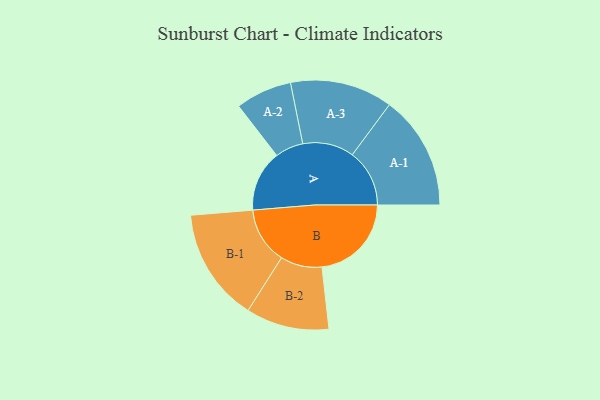
{"axis": {"x": "Segment", "y": "Value"}, "legend": ["", "A", "B"], "data": [{"x": "A", "y": 320, "type": ""}, {"x": "B", "y": 469, "type": ""}, {"x": "A-1", "y": 300, "type": "A"}, {"x": "A-2", "y": 148, "type": "A"}, {"x": "A-3", "y": 269, "type": "A"}, {"x": "B-1", "y": 297, "type": "B"}, {"x": "B-2", "y": 218, "type": "B"}]}